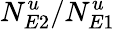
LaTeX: N_{E2}^{u}/N_{E1}^{u}